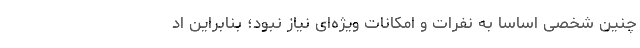
چنین شخصی اساسا به نفرات و امکانات ویژه‌ای نیاز نبود؛ بنابراین اد